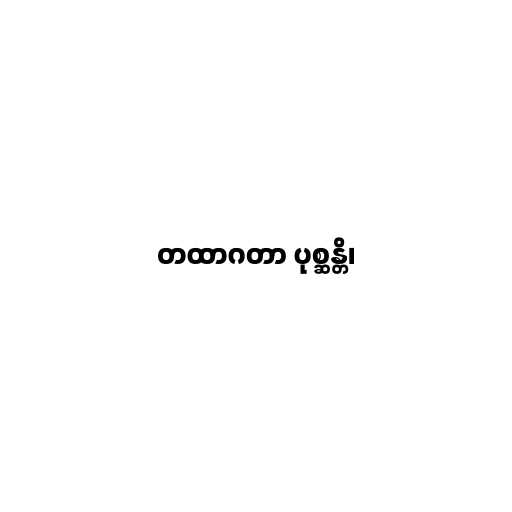
တထာဂတာ ပုစ္ဆန္တိ၊